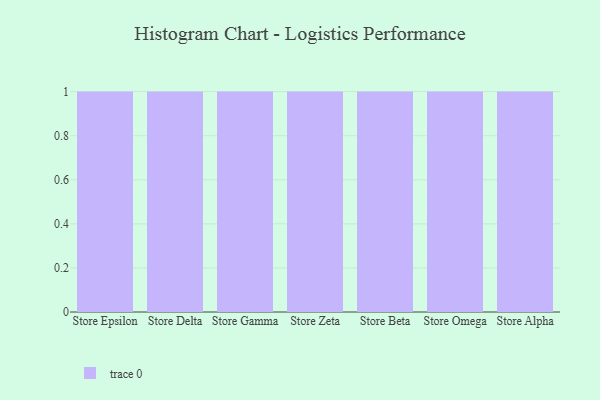
{"axis": {"x": "Store", "y": "Production Output"}, "legend": [""], "data": [{"x": "Store Epsilon", "y": 51, "type": ""}, {"x": "Store Delta", "y": 82, "type": ""}, {"x": "Store Gamma", "y": 58, "type": ""}, {"x": "Store Zeta", "y": 23, "type": ""}, {"x": "Store Beta", "y": 9, "type": ""}, {"x": "Store Omega", "y": 91, "type": ""}, {"x": "Store Alpha", "y": 21, "type": ""}]}